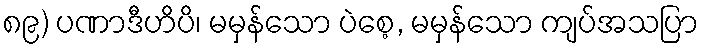
၈၉) ပဏာဒီဟိပိ၊ မမှန်သော ပဲစေ့, မမှန်သော ကျပ်အသပြာ